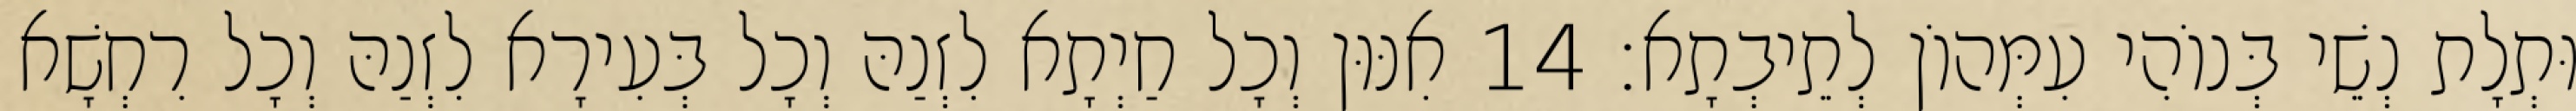
וּתְלָת נְשֵׁי בְּנוֹהִי עִמְּהוֹן לְתֵיבְתָא׃ 14 אִנּוּן וְכָל חַיְתָא לִזְנַהּ וְכָל בְּעִירָא לִזְנַהּ וְכָל רִחְשָׁא